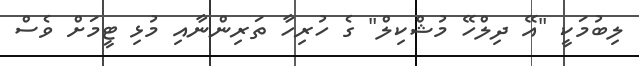
ލިބުމަކީ "އޭ ދިލްހޭ މުޝްކިލް" ގެ ހުރިހާ ތަރިންނާއި މުޅި ޓީމަށް ވެސް